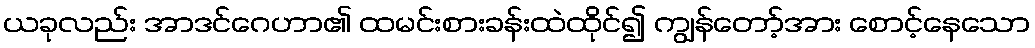
ယခုလည်း အာဒင်ဂေဟာ၏ ထမင်းစားခန်းထဲထိုင်၍ ကျွန်တော့်အား စောင့်နေသော